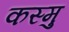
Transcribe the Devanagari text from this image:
कस्मु